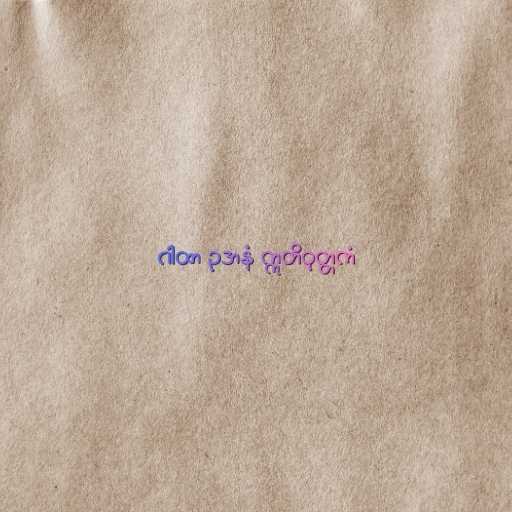
ဂါထာ ဥဒာနံ ဣတိဝုတ္တကံ